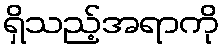
ရှိသည့်အရာကို